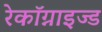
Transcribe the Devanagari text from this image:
रेकॉग्नाइज्ड